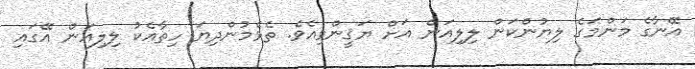
އޭނާގެ މަންމަގެ ލިޔުންކަން ލިލިއަން އަށް ޔަޤީންވިއެވެ. ތެޅެމުންދިޔަ ހިތާއެކު ލިލިއަން އޭގައި